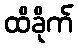
ထိခိုက်